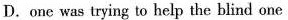
D.one was trying to help the blind one